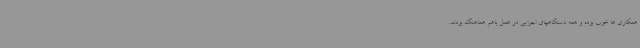
همکاری ها خوب بوده و همه دستگاههای اجرایی در عمل باهم هماهنگ بودند.